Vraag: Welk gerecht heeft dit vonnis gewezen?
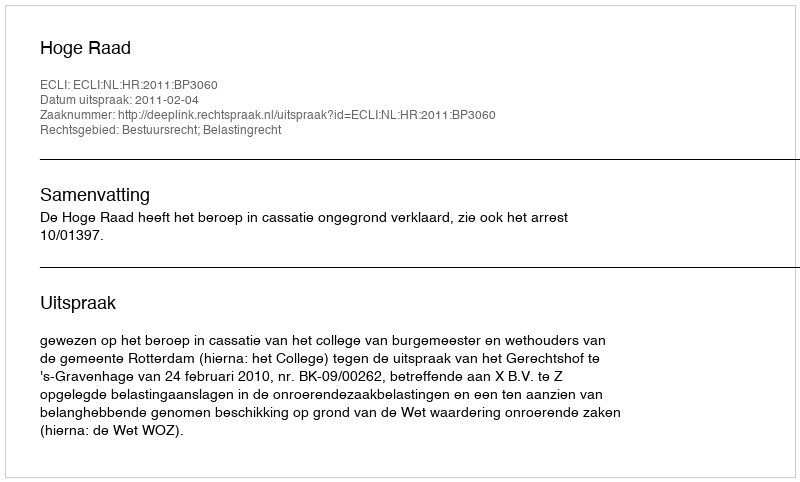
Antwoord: Hoge Raad